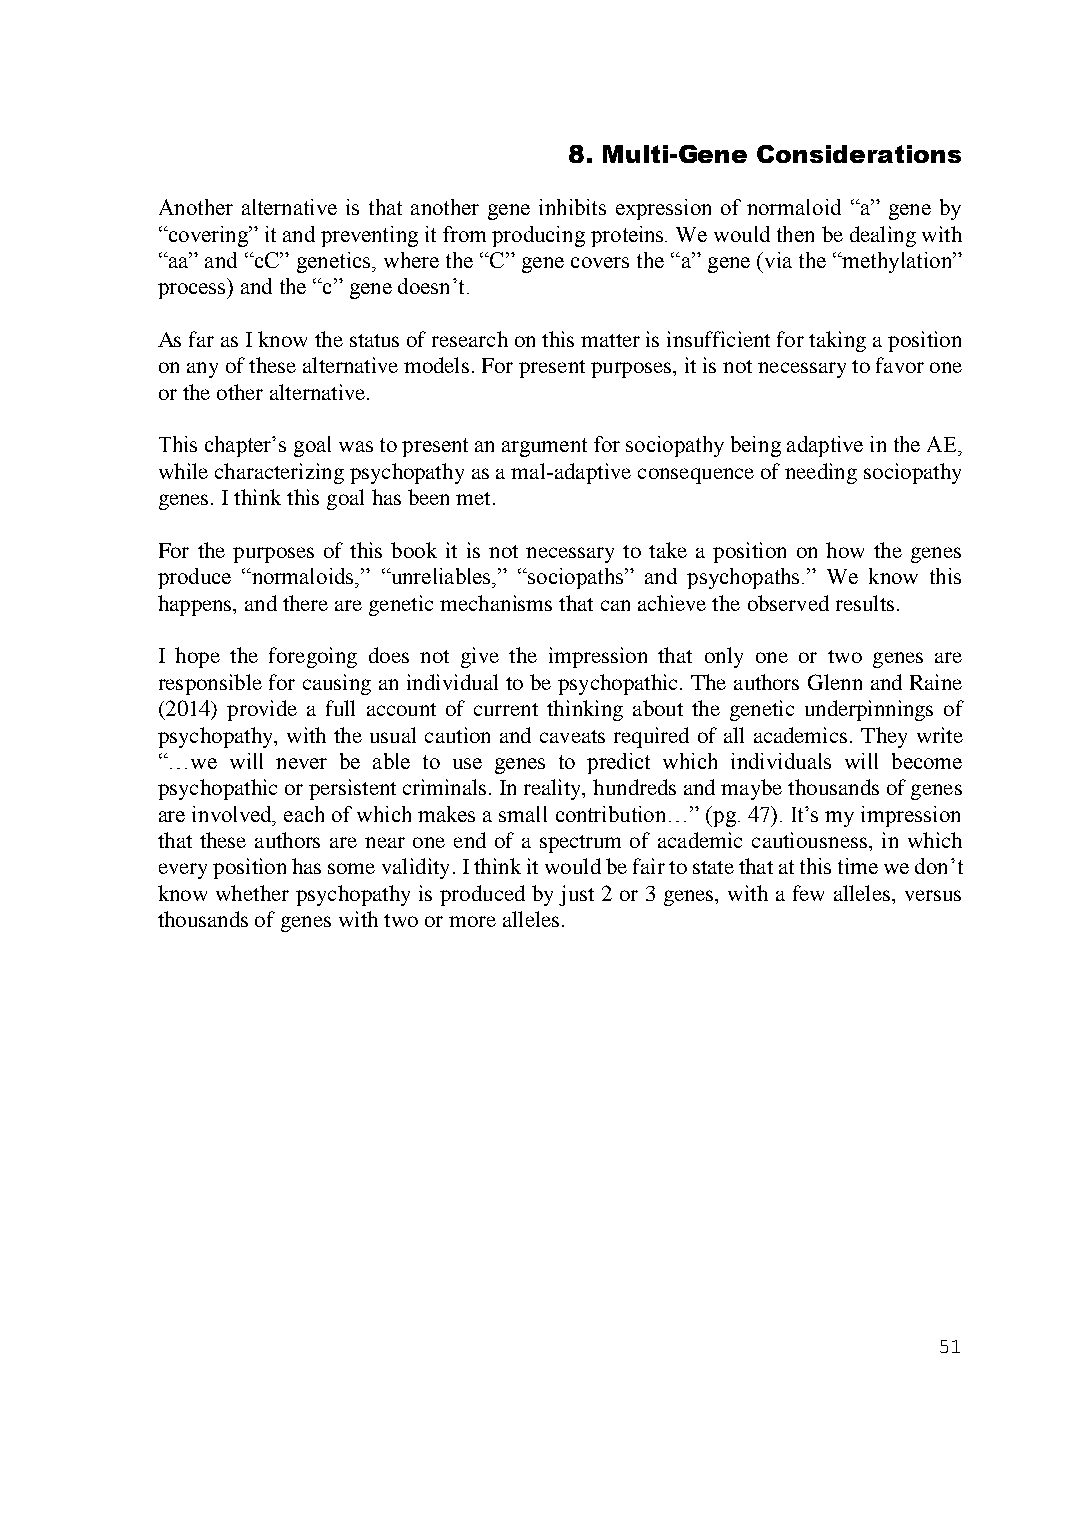
8. Multi-Gene Considerations
 Another alternative is that another gene inhibits expression of normaloid “a” gene by
 “covering” it and preventing it from producing proteins. We would then be dealing with
 “aa” and “cC” genetics, where the “C” gene covers the “a” gene (via the “methylation”
 process) and the “c” gene doesn’t.
 As far as I know the status of research on this matter is insufficient for taking a position
 on any of these alternative models. For present purposes, it is not necessary to favor one
 or the other alternative.
 This chapter’s goal was to present an argument for sociopathy being adaptive in the AE,
 while characterizing psychopathy as a mal-adaptive consequence of needing sociopathy
 genes. I think this goal has been met.
 For the purposes of this book it is not necessary to take a position on how the genes
 produce “normaloids,” “unreliables,” “sociopaths” and psychopaths.” We know this
 happens, and there are genetic mechanisms that can achieve the observed results.
 I hope the foregoing does not give the impression that only one or two genes are
 responsible for causing an individual to be psychopathic. The authors Glenn and Raine
 (2014) provide a full account of current thinking about the genetic underpinnings of
 psychopathy, with the usual caution and caveats required of all academics. They write
 “…we will never be able to use genes to predict which individuals will become
 psychopathic or persistent criminals. In reality, hundreds and maybe thousands of genes
 are involved, each of which makes a small contribution…” (pg. 47). It’s my impression
 that these authors are near one end of a spectrum of academic cautiousness, in which
 every position has some validity. I think it would be fair to state that at this time we don’t
 know whether psychopathy is produced by just 2 or 3 genes, with a few alleles, versus
 thousands of genes with two or more alleles.
 51